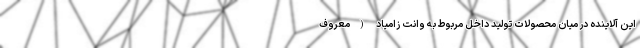
این آلاینده در میان محصولات تولید داخل مربوط به وانت زامیاد (معروف